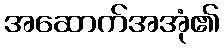
အဆောက်အအုံ၏